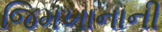
જિમખાનાની